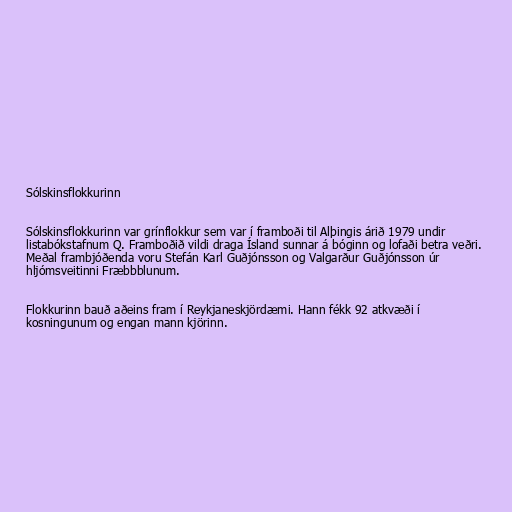
Sólskinsflokkurinn

Sólskinsflokkurinn var grínflokkur sem var í framboði til Alþingis árið 1979 undir
listabókstafnum Q. Framboðið vildi draga Ísland sunnar á bóginn og lofaði betra veðri.
Meðal frambjóðenda voru Stefán Karl Guðjónsson og Valgarður Guðjónsson úr
hljómsveitinni Fræbbblunum.

Flokkurinn bauð aðeins fram í Reykjaneskjördæmi. Hann fékk 92 atkvæði í
kosningunum og engan mann kjörinn.